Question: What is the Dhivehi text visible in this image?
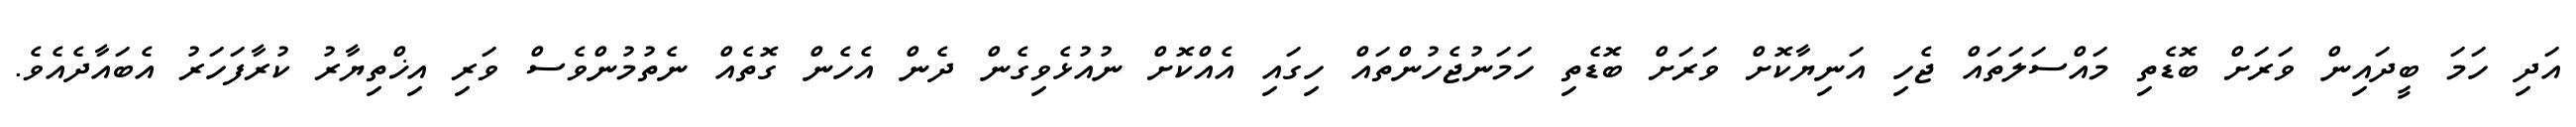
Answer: އަދި ހަމަ ބީދައިން ވަރަށް ބޮޑެތި މައްސަލަތައް ޖެހި އަނިޔާކޮށް ވަރަށް ބޮޑެތި ހަމަނުޖެހުންތައް ހިގައި އެއްކޮށް ނުއުޅެވިގެން ދެން އެހެން ގޮތެއް ނެތުމުންވެސް ވަރި އިޚްތިޔާރު ކުރާފަހަރު އެބައާދެއެވެ.